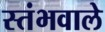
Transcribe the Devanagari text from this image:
स्तंभवाले